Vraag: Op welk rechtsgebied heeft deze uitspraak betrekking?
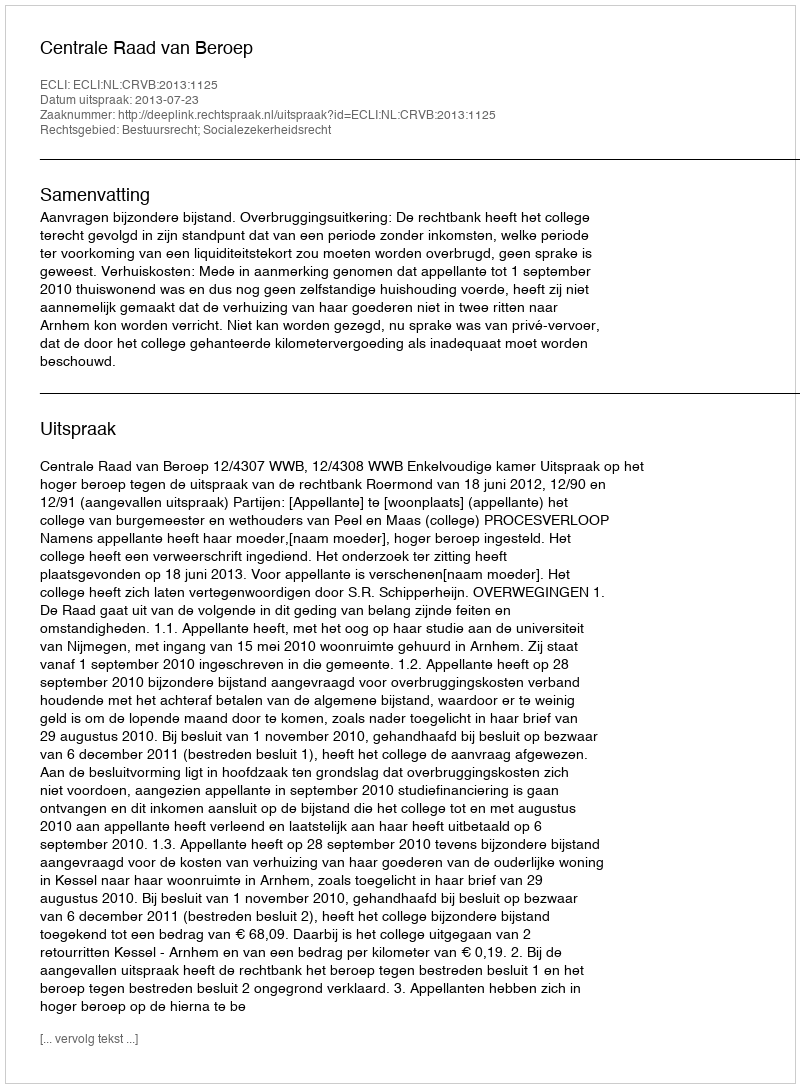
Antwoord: Bestuursrecht; Socialezekerheidsrecht